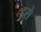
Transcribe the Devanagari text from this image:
हसे